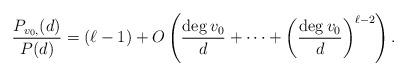
LaTeX: \begin{align*} \frac{P_{v_0, } (d)}{P(d)} = (\ell-1) + O \left( \frac{\deg{v_0}}{d} + \dots + \left( \frac{\deg{v_0}}{d} \right)^{\ell-2} \right).\end{align*}